Vital statistics of India. Vol. IV, Annual returns from 1871 to 1876. British Army of India, Native Army and jails of Bengal
Year: 1871
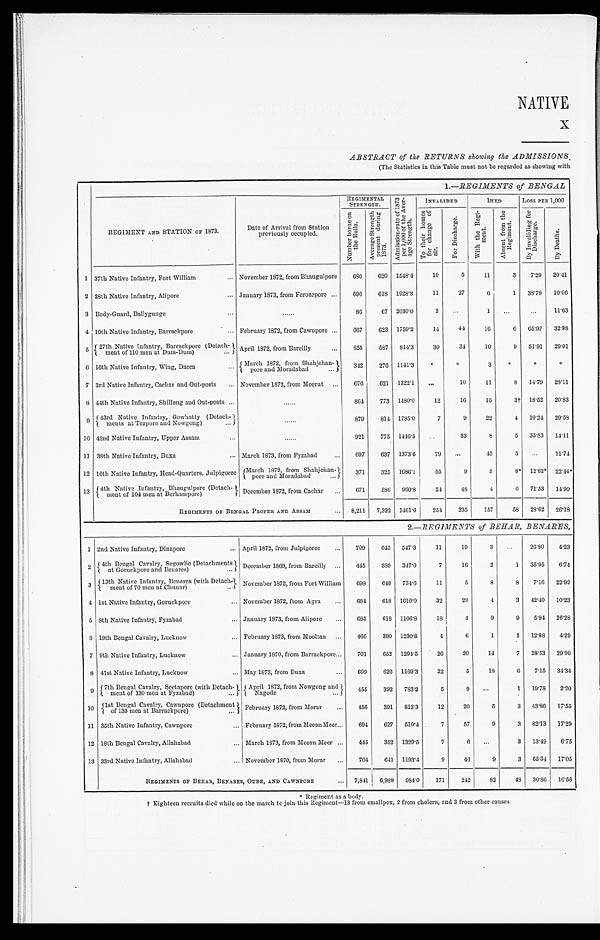
NATIVE
X
ABSTRACT of the RETURNS showing the ADMISSIONS,
(The Statistics in this Table must not be regarded as showing with
1.—REGIMENTS of BENGAL
REGIMENT AND STATION OF 1873.
Date of Arrival from Station
previously occupied.
REGIMENTAL STRENGTH.
A d m i s s i o n - r a t e o f 1 8 7 3 p e r 1 , 0 0 0 o f t h e A v e r - a g e S t r e n g t h .
INVALIDED
DIED
LOSS PER 1,000
N u m b e r b o r n e o n t h e R o l l s .
A v e r a g e S t r e n g t h p r e s e n t d u i n g 1 8 7 3 .
T o t h e i r h o m e s f o r c h a n g e o f a i r .
For Di schar ge.
Wi t h t h e Re g i - me n t .
A b s e n t f r o m t h e R e g i m e n t .
B y I n v a l i d i n g f o r D i s c h a r g e .
By Deat hs.
1 37th Native Infantry, Fort William . . .
November 1872, from Bhaugulpore
686
620 1548.4
19
5
11
3
7.29
20.41
2 28th Native Infantry, Alipore . . .
January 1873, from Ferozepore . . .
696
618 1928.3
11
27
6
1
38.79
10.06
3 Body-Guard, Ballygunge . . .
. . .
86
67 2030.0
3
. . .
1
. . .
. . . 11.63
4 10th Native Infantry, Barrackpore . . .
February 1872, from Cawnpore . . .
667
623 1759.2
14
44
16
6
65.97
32.98
5
27th Native Infantry, Barrackpore (Detach-
ment of 110 men at Dum-Dum) . . . April 1872, from Bareilly . . .
655
587
814.3
30
34
10
9
51.91
29.01
6 16th Native Infantry, Wing, Dacca . . .
M a r c h 1 8 7 2 , f r o m S h a h j e h a n - p o r e a n d M o r a d a b a d . . .
342
276 1141.3
*
*
3
*
*
*
7 3rd Native Infantry, Cachar and Out-posts . . .
November 1872, from Meerut . . .
676
621 1322.1
. . .
10
11
8
14.79
28.11
8 44th Native Infantry, Shillong and Out-posts . . .
. . .
864
773 1480.0
12
16
15
3† 18.52
20.83
9
4 3 r d N a t i v e I n f a n t r y , G o w h a t t y ( D e t a c h -
me
nts at Tezpore and Nowgong) . . .
. . .
879
814 1785.0
7
9
22
4
10.24
29.58
10 42nd Native Infantry, Upper Assam . . .
. . .
921
775 1446.5
. . .
33
8
5
35.93
14.11
11 38th Native Infantry, Buxa . . . March 1873, from Fyzabad . . .
697
637 1373.6
79
. . .
45
5
. . . 71.74
12 16th Native Infantry, Head-Quarters, Julpigoree
M a r c h 1 8 7 2 , f r o m S h a h j e h a n - p o r e a n d M o r a d a b a d .
371
325 1686.1
55
9
5
8 *
12.62* 22.44*
13 4th Native Infantry, Bhaugulpore (Detach-ment of 104 men at Berhampore) December 1872, from Cachar . . .
671
586
9 6 0 . 8
24
48
4
6
71.53
14.90
REGIMENTS OF BENGAL PROPER AND ASSAM . . .
8,211
7,322 1461.6
254
235
157
58
28.62
26.18
2.—REGIMENTS of BEHAR, BENARES,
1 2nd Native Infantry, Dinapore . . .
April 1872, from Julpigoree . . .
709
645
547.3
11
19
3
. . . 26.80
4.23
2
4th Bengal Cavalry, Segowlie (Detachments
at Goruckpore and Benares) . . .
December 1869, from Bareilly . . .
445
389
347.0
7
16
2
1
35.95
6.74
3 13th Native Infantry Benares (with Detach-
ment of 70 men at Chuuar) . . .
November 1872, from Fort William
698
648
734.6
11
5
8
8
7.16
22.92
4 1st Native Infantry, Goruckpore . . .
November 1872, from Agra . . .
684
618 1610.0
32
29
4
3
42.40 10.23
5 8th Native Infantry, Fyzabad . . .
January 1873, from Alipore . . .
685
618 1106.8
18
4
9
9
5.84
26.28
6 19th Bengal Cavalry, Lucknow . . .
February 1873, from Mooltan . . .
466
390 1230.8
4
6
1
1
12.88
4.29
7 9th Native Infantry, Lucknow . . .
January 1870, from Barrackpore . . .
701
652 1294.5
26
20
14
7
28.53
29.96
8 41st Native Infantry, Lucknow . . .
May 1873, from Buxa . . .
699
626 1169.3
22
5
18
6
7.15
34.34
9 7th Bengal Cavalry, Seetapore (with Detach-ment of 130 men at Fyzabad) . . . Apr il 1872, from Nowgong and Nagode . . .
455
392
783.2
5
9
. . .
1
19.78
2.20
10
1st Bengal Cavalry, Cawnpore (Detachment
of 133 men at Barrackpore) . . .
February 1872, from Morar . . .
456
391
813.3
12
20
5
3
43.86
17.55
11 35th Native Infantry, Cawnpore . . .
February 1872, from Meean Meer . . .
694
627
510.4
7
57
9
3
82.13
17.29
12 18th Bengal Cavalry, Allahabad . . .
March 1873, from Meean Meer . . .
445
352 1329.5
7
6
. . .
3
13.49
6.75
13 33rd Native Infantry, Allahabad . . .
November 1870, from Morar . . .
704
641 1193.4
9
46
9
3
65.34
17.05
REGIMENTS OF BEHAR, BENARES, OUDE, AND CAWNPORE . . .
7,841
6,989
984.0
171
242
82
48
30.86
16.58
* Regiment as a body.
† Eighteen recruits died while on the march to join this Regiment—13 from smallpox, 2 from cholera, and 3 from other causes.